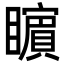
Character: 𭿬